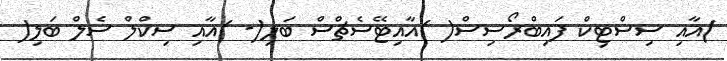
)އާއި ސިސްޓިކް ފައިބްރޯސިސް( )އާއިޓޭސެޗްސް ބަލި(- )އާއި ސިކްލް ސެލް ބަލި(